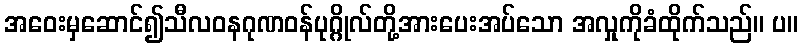
အဝေးမှဆောင်၍သီလဝနဂုဏဝန်ပုဂ္ဂိုလ်တို့အားပေးအပ်သော အလှုကိုခံထိုက်သည်။ ပ။